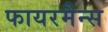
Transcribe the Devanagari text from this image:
फायरमैन्स